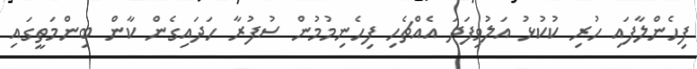
ފިހެންލާފައި ހުރި ކުކުޅު އަލުވިފަދަ އެއްޗެހި ފިހެނިމުމުން ސުފުރާ ހަދައިގެން ކާން ބިންމަތީގައި